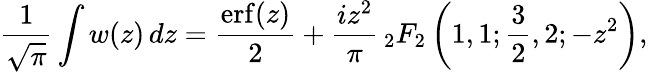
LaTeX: {\frac{1}{\sqrt{\pi}}}\int w(z)\, dz={\frac{\operatorname{erf}(z)}{2}}+{\frac{iz^{2}}{\pi}}\, _{2}F_{2}\left(1,1;{\frac{3}{2}},2;-z^{2}\right),